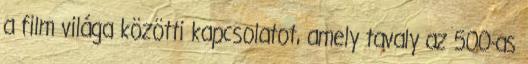
a film világa közötti kapcsolatot, amely tavaly az 500-as